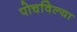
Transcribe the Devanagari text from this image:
पोचविल्या